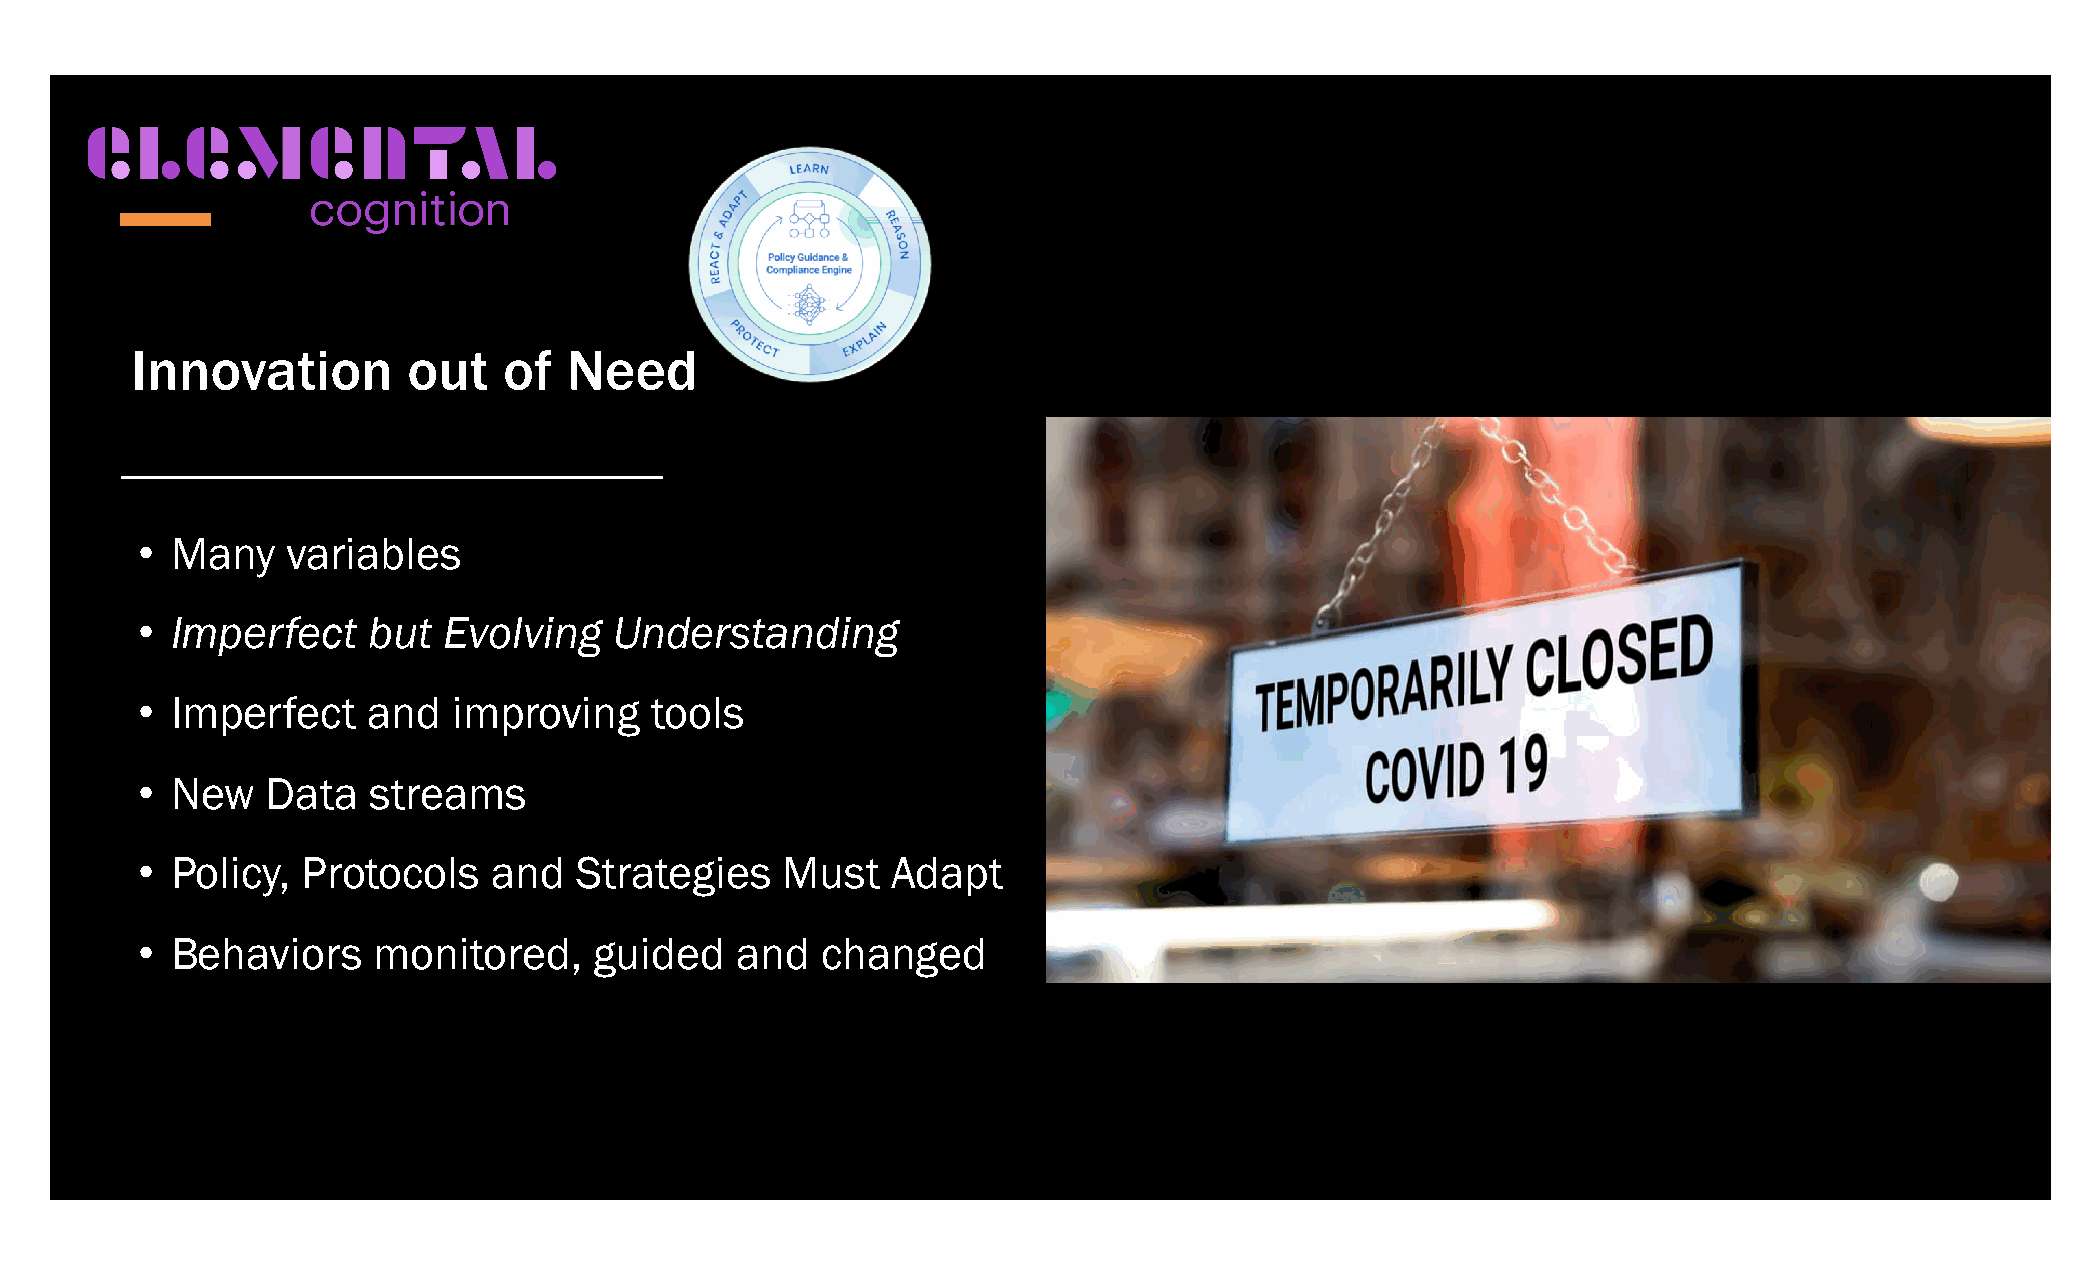
Innovation        out   of   Need
 • Many    variables
 • Imperfect    but  Evolving    Understanding
 • Imperfect    and   improving    tools
 • New    Data  streams
 • Policy,  Protocols   and   Strategies    Must   Adapt
 • Behaviors     monitored,    guided    and  changed